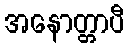
အနောတ္တာပီ